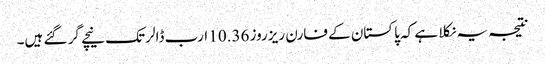
نتیجہ یہ نکلا ہے کہ پاکستان کے فارن ریزروز 10.36 ارب ڈالر تک نیچے گر گئے ہیں۔